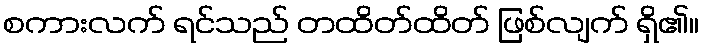
စကားလက် ရင်သည် တထိတ်ထိတ် ဖြစ်လျက် ရှိ၏။